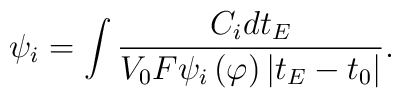
\psi _i=\int \frac{C_idt_E}{V_0F\psi _i\left( \varphi \right) \left|t_E-t_0\right| }.